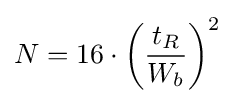
N=16\cdot \left({\frac {t_{R}}{W_{b}}}\right)^{2}